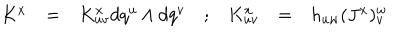
\begin{array} { c c c c c c c } { { K ^ { x } } } & { { = } } & { { K _ { u v } ^ { x } d q ^ { u } \wedge d q ^ { v } } } & { { ; } } & { { K _ { u v } ^ { x } } } & { { = } } & { { h _ { u w } ( J ^ { x } ) _ { v } ^ { w } } } \\ \end{array}